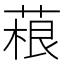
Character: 𦶠